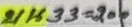
บน 33 = 200